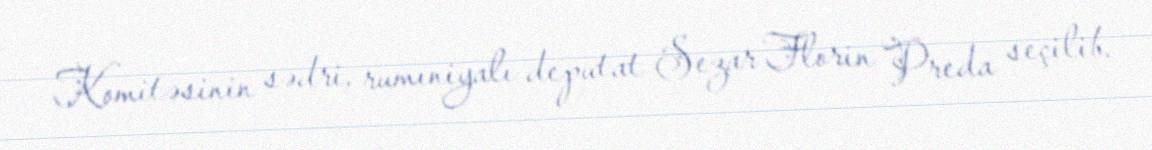
Komitəsinin sədri, rumıniyalı deputat Sezar Florin Preda seçilib.